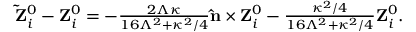
\begin{array} { r } { { \bf \tilde { Z } } _ { i } ^ { 0 } - { \bf Z } _ { i } ^ { 0 } = - \frac { 2 \Lambda \kappa } { 1 6 \Lambda ^ { 2 } + \kappa ^ { 2 } / 4 } { \bf \hat { n } } \times { \bf Z } _ { i } ^ { 0 } - \frac { \kappa ^ { 2 } / 4 } { 1 6 \Lambda ^ { 2 } + \kappa ^ { 2 } / 4 } { \bf Z } _ { i } ^ { 0 } . } \end{array}